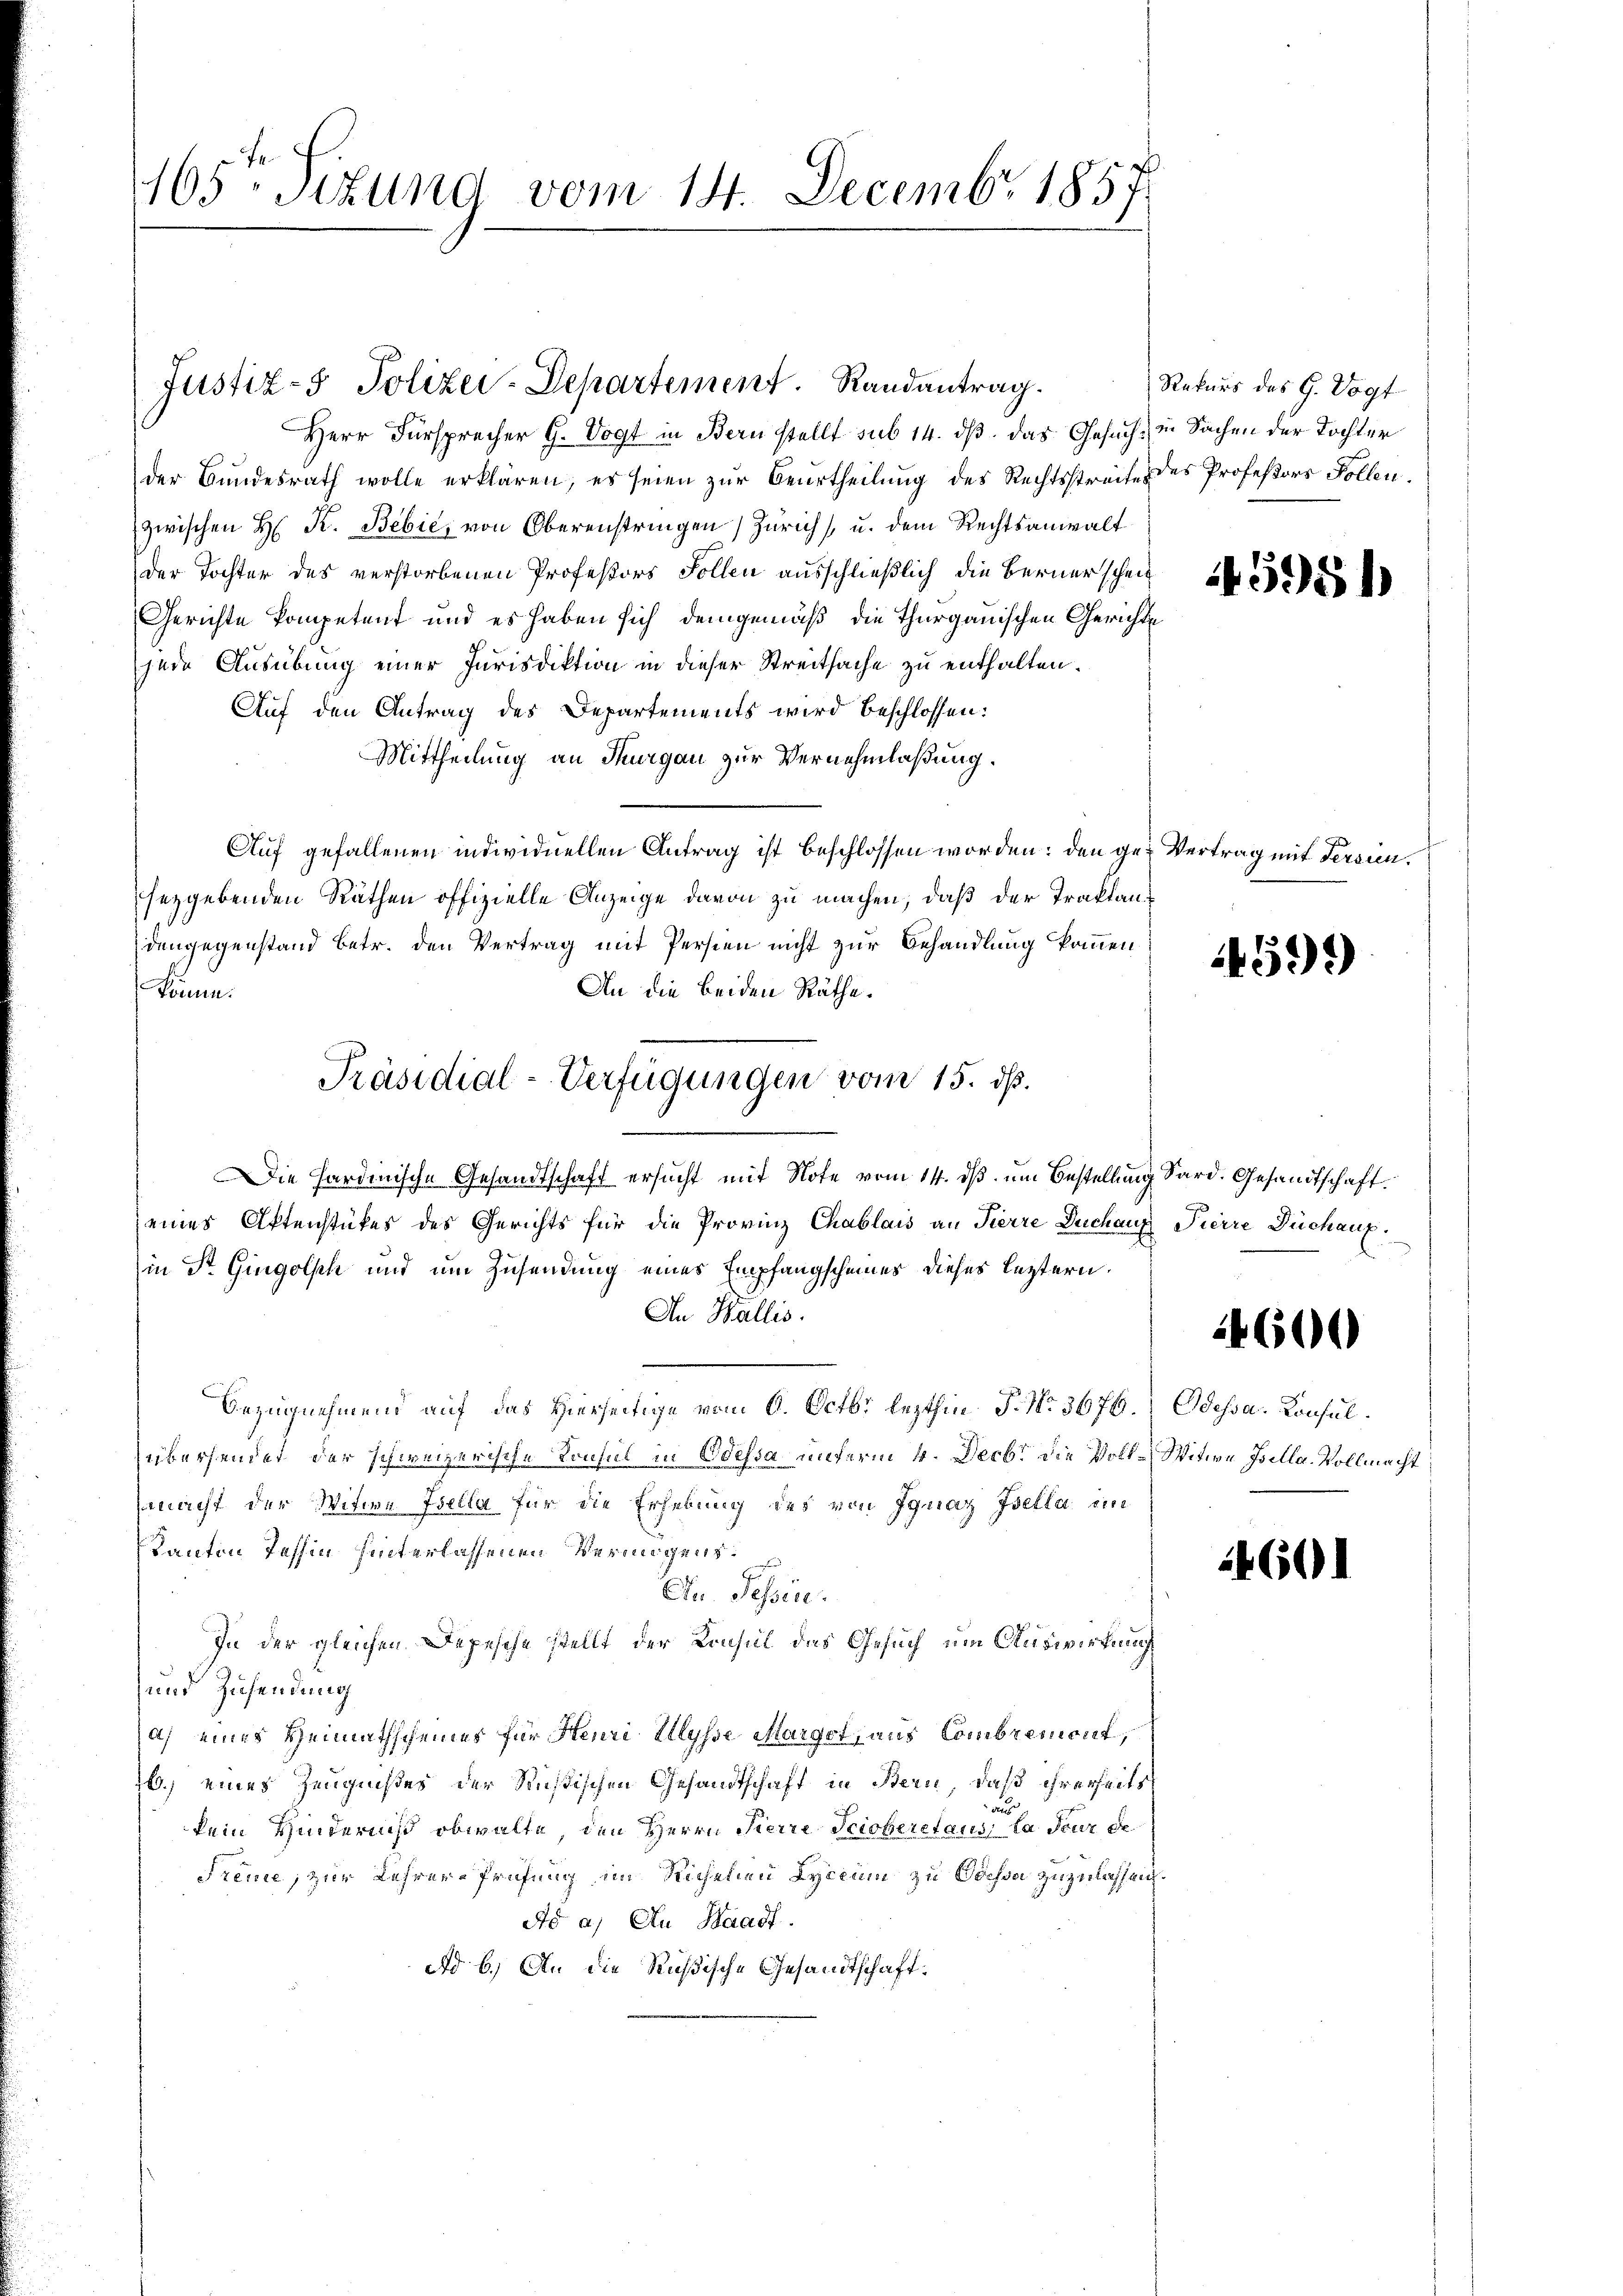
165. Titung vom 14. Decembr 1857

Herr Fürsprecher G. Vogt in Bern stellt sub 14. dβ das Gesuch in Sachen der Tochter
der Bundesrath wolle erklären, es seien zur Beurtheilung des Rechtsstreite des Professors Follen.
zwischen H. K. Bebić, von Oberenstringen Zürich, u. dem Rechtsanwalt
der Tochter des verstorbenen Professors Sollen ausschließlich die Berner schein
Gerichte kompetent und es haben sich demgemäß die Thurgauischen Gerichte
jede Ausübung einer Jurisdiktion in dieser Streitsache zu enthalten.
Auf den Antrag des Departements wird beschlossen:
Mittheilung an Thurgau zur Vernehmlaßung.
Auf gefallenen individuellen Antrag ist beschlossen worden: den ge- Vertrag mit Fersien.
sezgebenden Räthen offizielle Anzeige davon zu machen, daß der Traktandengegenstand betr. den Vertrag mit Persien nicht zur Behandlung kommen
An die beiden Räthe.
könne.
Die Hardinische Gesandtschaft ersucht mit Note vom 14. ds. um Bestellung Sard. Gesandtschaft.
eines Aktenstückes des Gerichts für die Provinz Chablais an Pierre Duchanz Pierre Dechanz
(in Sr. Gingolsch und um Zusendung eines Empfangscheines dieses leztern.
An Wallis.
Bezugnehmend auf das Hierseitige vom 6. Octbr lezthin P. Nr. 3676. Odessa. Konsulübersendet der schweizerische Konsul in Odessa unterm 4. Decbr die Voll-Witwe Isella. Vollmacht
macht der Witwe Isella für die Erhebung des von Ignaz Isella im
Tantin Taschin hinterlassenen Vermögens¬
An. Tessin.
In der gleichen Depesche stellt der Konsul des Gesuch um Auswirkung
und Zusendung
a) eines Heimathscheines für Heuri Ulysse Marget, aus Combremont,
6.) eines Zeugnißes der Rußischen Gesandtschaft in Bern, daß ihrerseits
a
kein Hinderniß obwalte, den Herrn Pierre Scioberstaus, la feur de
Freude, zur Lehren-Prüfung im Richenen Lyceum zu Odessa zuzulassen.
Ad a) Au Baadf.
ad b.) An die Rußische Gesandtschaft¬

Justiz- & Polizei-Departement. Randantrag.

Präsidial-Verfügungen vom 15. ds.

Rekurs des G. Vogt

45951

4599

4600

4601